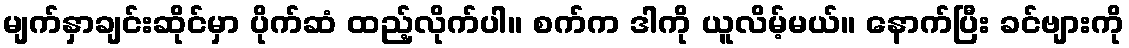
မျက်နှာချင်းဆိုင်မှာ ပိုက်ဆံ ထည့်လိုက်ပါ။ စက်က ဒါကို ယူလိမ့်မယ်။ နောက်ပြီး ခင်ဗျားကို